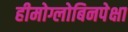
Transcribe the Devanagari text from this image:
हीमोग्लोबिनपेक्षा